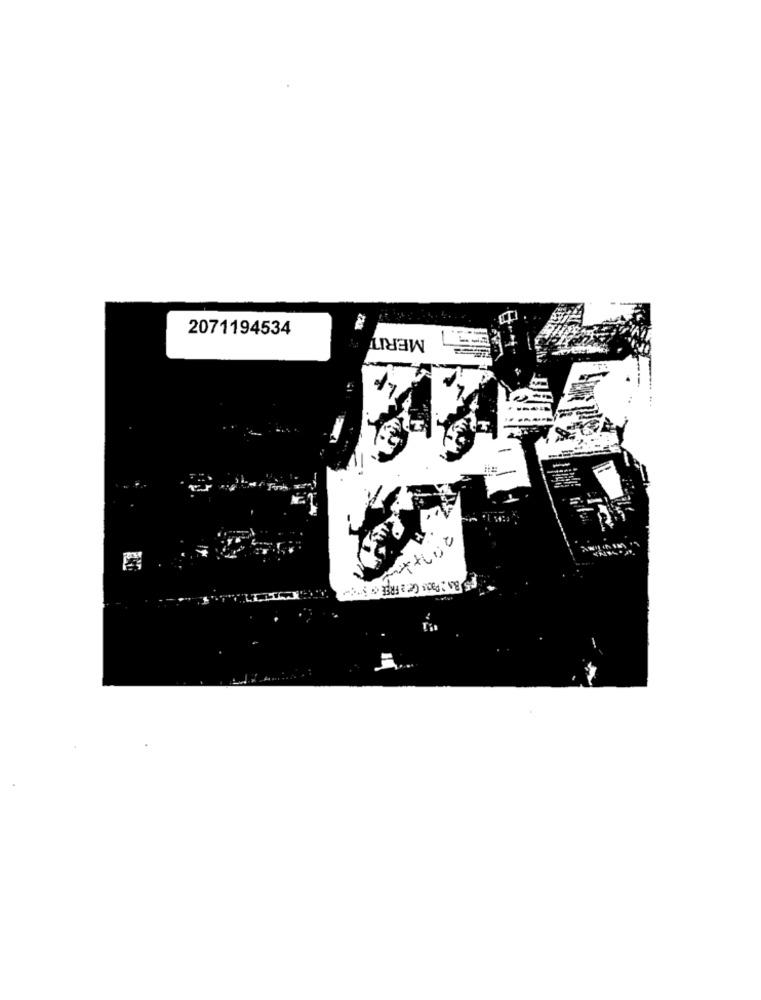
2071194534
MERIT
---
IS BN : Pais Get a FREE